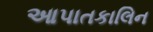
આપાતકાલિન